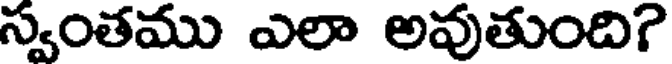
స్వంతము ఎలా అవుతుంది?